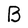
Character: B